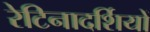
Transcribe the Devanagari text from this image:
रेटिनादर्शियों